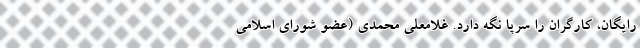
رایگان، کارگران را سرپا نگه دارد. غلامعلی محمدی (عضو شورای اسلامی